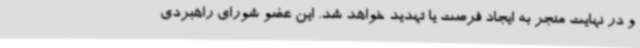
و در نهایت منجر به ایجاد فرصت یا تهدید خواهد شد. این عضو شورای راهبردی